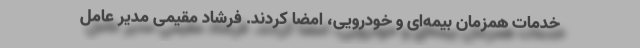
خدمات همزمان بیمه‌ای و خودرویی، امضا کردند. فرشاد مقیمی مدیر عامل